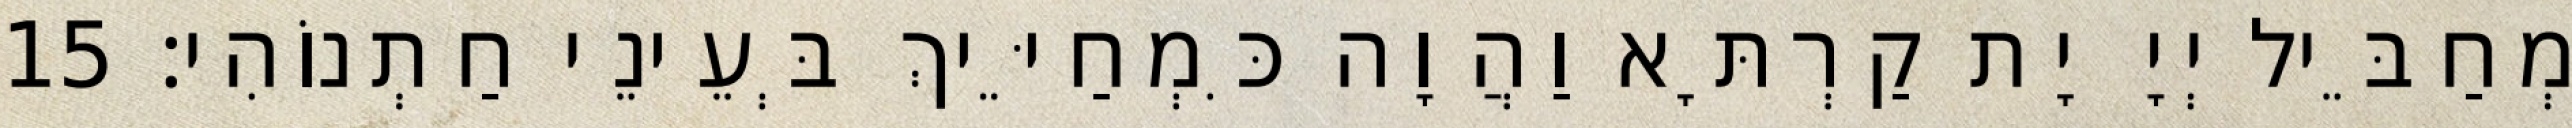
מְחַבֵּיל יְיָ יָת קַרְתָּא וַהֲוָה כִּמְחַיֵּיךְ בְּעֵינֵי חַתְנוֹהִי׃ 15